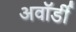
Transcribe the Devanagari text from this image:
अवॉर्डी